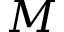
M